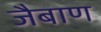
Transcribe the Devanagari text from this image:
जैबाण